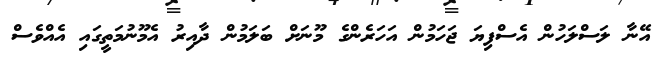
އޭނާ ލަސްލަހުން އެސްފިޔަ ޖަހަމުން އަހަރެންގެ މޫނަށް ބަލަމުން ދާއިރު އެމޫނުމަތީގައި އެއްވެސް